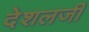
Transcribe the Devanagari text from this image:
देशलजी